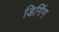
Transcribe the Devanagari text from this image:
डिगिंग